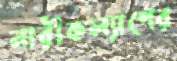
নারীকল্যাণের